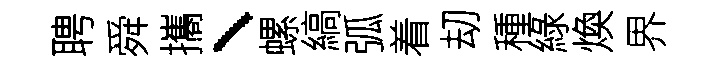
聘舜攜、螺縞弧着刧種綠煥界